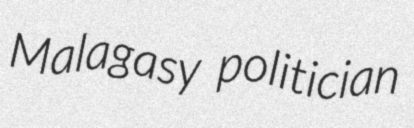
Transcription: Malagasy politician